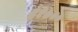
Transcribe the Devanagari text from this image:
६१७००